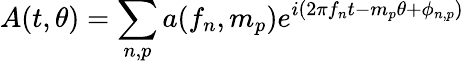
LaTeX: A(t,\theta)=\sum_{n,p}a(f_{n},m_{p})e^{i(2\pi f_{n}t-m_{p}\theta+\phi_{n,p})}